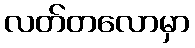
လတ်တလောမှာ